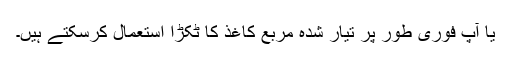
یا آپ فوری طور پر تیار شدہ مربع کاغذ کا ٹکڑا استعمال کرسکتے ہیں۔